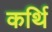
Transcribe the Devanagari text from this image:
कर्थि